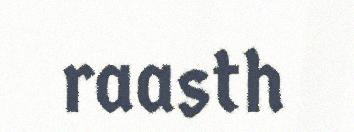
raasth